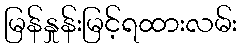
မြန်နှုန်းမြင့်ရထားလမ်း